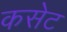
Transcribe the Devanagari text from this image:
कसेट